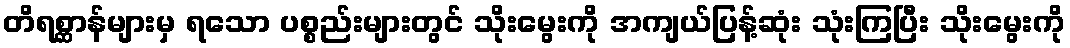
တိရစ္ဆာန်များမှ ရသော ပစ္စည်းများတွင် သိုးမွေးကို အကျယ်ပြန့်ဆုံး သုံးကြပြီး သိုးမွေးကို